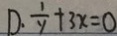
D . \frac { 1 } { y } + 3 x = 0